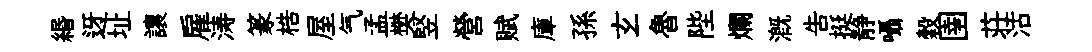
緡迓址讓雇涛篆梏屋气孟樊竪營赋庫孫𤣥魯陛爛溉告挺静囁穀圉荘沽